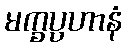
မက္ခပ္ပဟာနံ